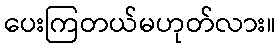
ပေးကြတယ်မဟုတ်လား။